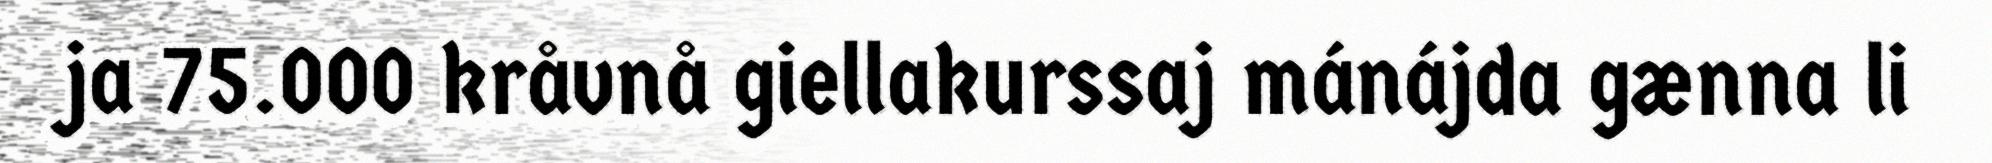
ja 75.000 kråvnå giellakurssaj mánájda gænna li